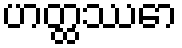
ဟတ္ထဿော